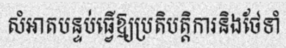
សំអាតបន្ទប់ធ្វើឱ្យប្រតិបត្តិការនិងថែទាំ